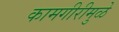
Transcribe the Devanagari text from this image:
कामगीरीमुळे